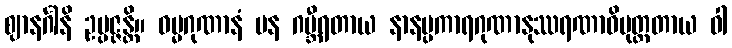
ဈာနင်္ဂါနိ ဥပ္ပဇ္ဇန္တိ။ ဓမ္မဂုဏာနံ ပန ဂမ္ဘီရတာယ နာနပ္ပကာရဂုဏာနုဿရဏာဓိမုတ္တတာယ ဝါ